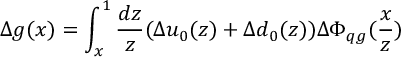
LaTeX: \Delta g ( x ) = \int _ { x } ^ { 1 } \frac { d z } { z } ( \Delta u _ { 0 } ( z ) + \Delta d _ { 0 } ( z ) ) \Delta \Phi _ { q g } ( \frac { x } { z } )